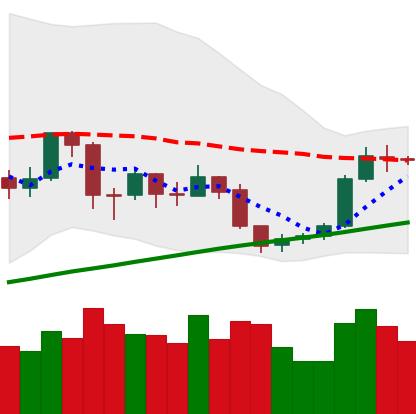
Ticker: BTC-USD
Chart end date: 2019-09-05
Forward return: -4.345%
Label: down_3_5